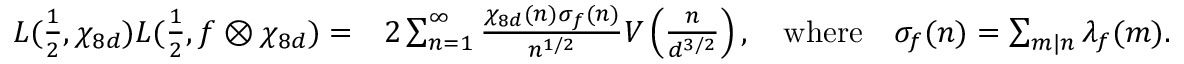
\begin{array} { r l } { L ( \frac 1 2 , \chi _ { 8 d } ) L ( \frac 1 2 , f \otimes \chi _ { 8 d } ) = } & { 2 \sum _ { n = 1 } ^ { \infty } \frac { \chi _ { 8 d } ( n ) \sigma _ { f } ( n ) } { n ^ { 1 / 2 } } V \left( \frac { n } { d ^ { 3 / 2 } } \right) , \quad \mathrm { w h e r e } \quad \sigma _ { f } ( n ) = \sum _ { m | n } \lambda _ { f } ( m ) . } \end{array}